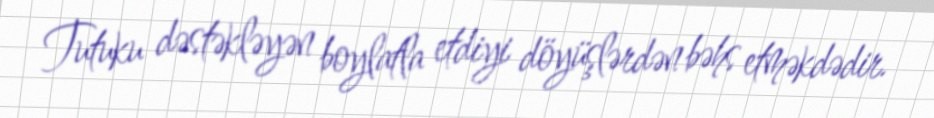
Tutuku dəstəkləyən boylatla etdiyi döyüşlərdən bəhs etməkdədir.